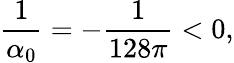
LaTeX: {\frac{1}{\alpha_{0}}}=-{\frac{1}{128\pi}}<0,